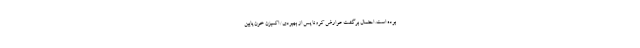
بوده است. احتمال برگشت عوارض کرونا پس از بهبودی/ اکسیژن خونِ پایین